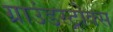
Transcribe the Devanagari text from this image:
ग्राउंडस्ट्रोक्स